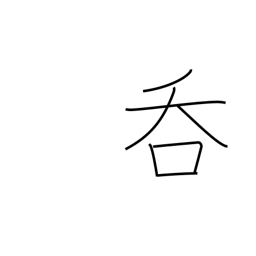
Meaning: drink